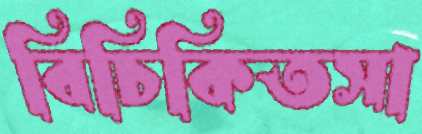
বিচিকিতসা